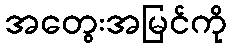
အတွေးအမြင်ကို